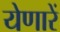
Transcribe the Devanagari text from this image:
येणारें